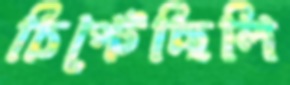
চিপ্‌টেছিলি